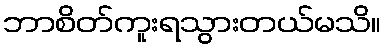
ဘာစိတ်ကူးရသွားတယ်မသိ။